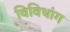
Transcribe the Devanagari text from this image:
विविधांग